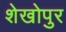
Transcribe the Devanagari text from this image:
शेखोपुर